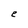
Character: e